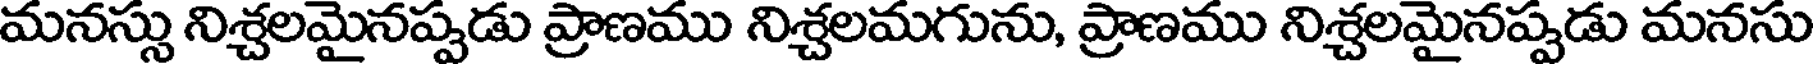
మనస్సు నిశ్చలమైనప్పడు ప్రాణము నిశ్చలమగును, ప్రాణము నిశ్చలమైనప్పడు మనసు